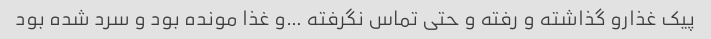
پیک غذارو گذاشته و رفته و حتی تماس نگرفته …و غذا مونده بود و سرد شده بود